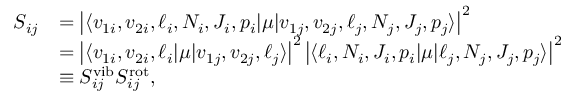
\begin{array} { r l } { S _ { i j } } & { = \left\lvert \langle v _ { 1 i } , v _ { 2 i } , \ell _ { i } , N _ { i } , J _ { i } , p _ { i } \lvert \mu \lvert v _ { 1 j } , v _ { 2 j } , \ell _ { j } , N _ { j } , J _ { j } , p _ { j } \rangle \right\lvert ^ { 2 } } \\ & { = \left\lvert \langle v _ { 1 i } , v _ { 2 i } , \ell _ { i } \lvert \mu \lvert v _ { 1 j } , v _ { 2 j } , \ell _ { j } \rangle \right\lvert ^ { 2 } \left\lvert \langle \ell _ { i } , N _ { i } , J _ { i } , p _ { i } \lvert \mu \lvert \ell _ { j } , N _ { j } , J _ { j } , p _ { j } \rangle \right\lvert ^ { 2 } } \\ & { \equiv S _ { i j } ^ { \mathrm { v i b } } S _ { i j } ^ { \mathrm { r o t } } , } \end{array}